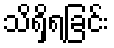
သိရှိရခြင်း